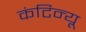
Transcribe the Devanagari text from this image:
कंटिन्यू